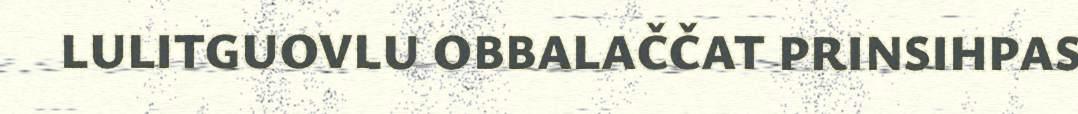
LULITGUOVLU OBBALAČČAT PRINSIHPAS